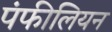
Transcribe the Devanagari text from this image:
पंफीलियन